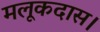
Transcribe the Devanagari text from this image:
मलूकदास।